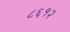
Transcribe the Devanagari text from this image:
८६१२